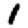
Digit: 1